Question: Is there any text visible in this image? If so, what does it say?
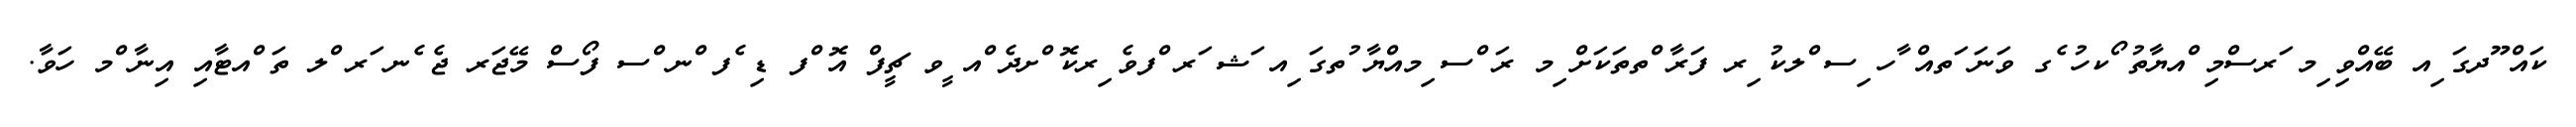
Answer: ކައް ޫދގަ ިއ ބޭއްވި ިމ ަރސްމި ްއޔާތު ޯކހު ެގ ވަނަ ަތއް ާހ ިސ ްލކު ިރ ފަރާ ްތތަކަށް ިމ ރަ ްސ ިމއްޔާ ުތގަ ިއ ަޝ ަރ ްފވެ ިރކޮ ްށދެ ްއ ީވ ޗީފް އޮ ްފ ޑި ެފ ްނ ްސ ފޯސް މޭޖަރ ޖެ ެނ ަރ ްލ ތަ ްއޓާއި އިނާ ްމ ހަވާ.